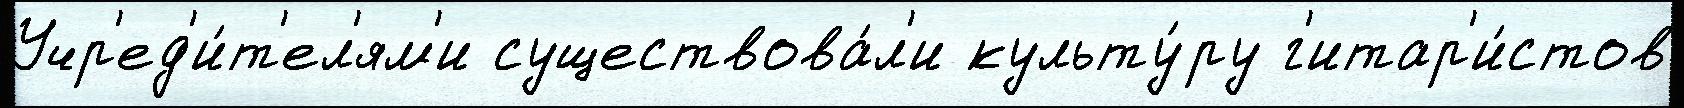
Учр'ед'и́т'ел'ям'и существова́л'и культу́ру г'итар'и́стов